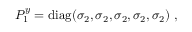
P _ { 1 } ^ { y } = \mathrm { d i a g } ( \sigma _ { 2 } , \sigma _ { 2 } , \sigma _ { 2 } , \sigma _ { 2 } , \sigma _ { 2 } ) ~ , ~ \,